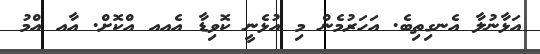
އަޅާނުލާ އެނގިތިބެ. އަހަރުމެން މި އުޅެނީ ކޮވިޑާ އެއއ އްކޮށް. އާއ އްމު